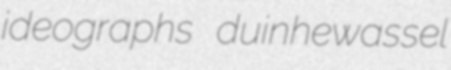
ideographs duinhewassel